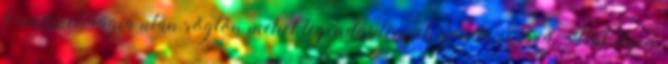
természetmágia után rögtön mehet legendás lények gondozására. Hát, ilyen